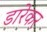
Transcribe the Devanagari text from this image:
डारेकर